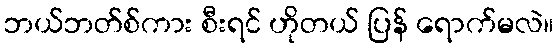
ဘယ်ဘတ်စ်ကား စီးရင် ဟိုတယ် ပြန် ရောက်မလဲ။